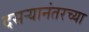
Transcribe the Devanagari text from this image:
दसऱ्यानंतरच्या